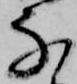
な